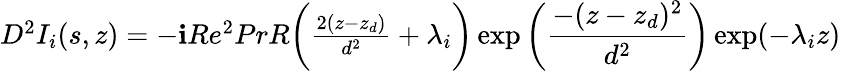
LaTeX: \begin{array}{r}{D^{2}I_{i}(s,z)=-\textbf{i}Re^{2}PrR\bigg(\frac{2(z-z_{d})}{d^{2}}+\lambda_{i}\bigg)\exp\bigg(\displaystyle\frac{-(z-z_{d})^{2}}{d^{2}}\bigg)\exp(-\lambda_{i}z)}\end{array}